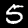
Label: 5